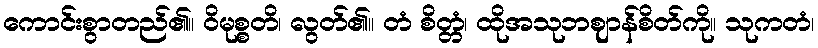
ကောင်းစွာတည်၏။ ဝိမုစ္စတိ၊ လွတ်၏။ တံ စိတ္တံ၊ ထိုအသုဘဈာန်စိတ်ကို။ သုကတံ၊